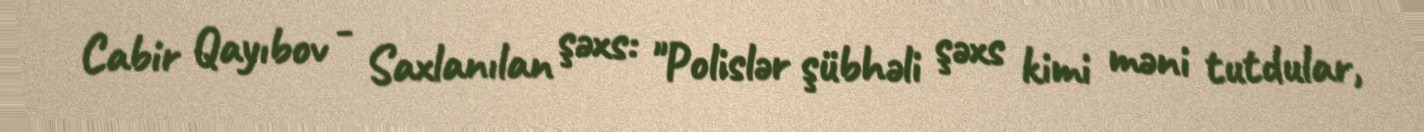
Cabir Qayıbov - Saxlanılan şəxs: "Polislər şübhəli şəxs kimi məni tutdular,